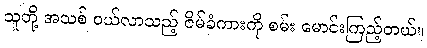
သူတို့ အသစ် ဝယ်လာသည့် ဇိမ်ခံကားကို စမ်း မောင်းကြည့်တယ်။